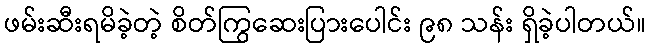
ဖမ်းဆီးရမိခဲ့တဲ့ စိတ်ကြွဆေးပြားပေါင်း ၉၈ သန်း ရှိခဲ့ပါတယ်။